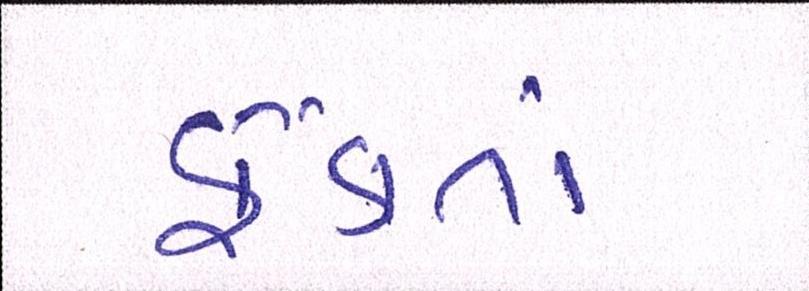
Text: ફેંકતાં